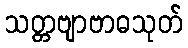
သတ္တဗျာဗာဓသုတ်